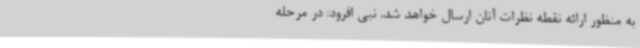
به منظور ارائه نقطه نظرات آنان ارسال خواهد شد. نبی افرود: در مرحله